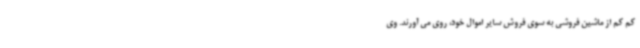
کم کم از ماشین فروشی به سوی فروش سایر اموال خود، روی می آورند. وی